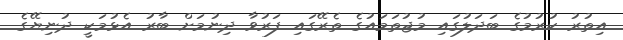
އިތުރު ކުރުމުގެ ބަދަލުގައި މުޖުތަމައުގެ ތެރޭގައި ފަރުވާ ދިނުމަށް ބާރު އެޅުމަކީ ދުނިޔޭގެ